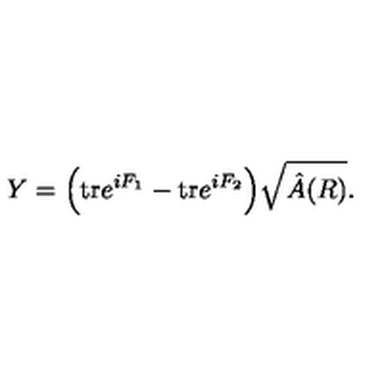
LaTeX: Y = \Big ( \mathrm { t r } e ^ { i F _ { 1 } } - \mathrm { t r } e ^ { i F _ { 2 } } \Big ) \sqrt { \hat { A } ( R ) } .